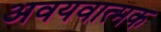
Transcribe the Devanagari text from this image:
अवयवात्मक